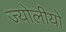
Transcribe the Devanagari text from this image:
ज्योलीयो